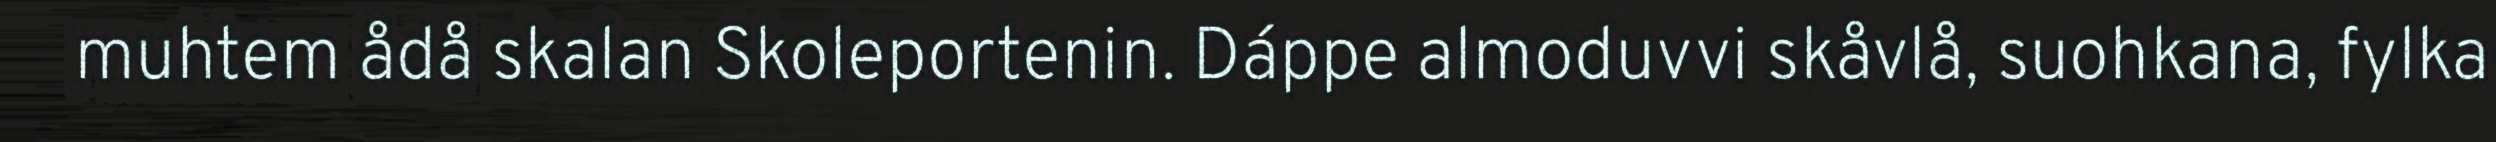
muhtem ådå skalan Skoleportenin. Dáppe almoduvvi skåvlå, suohkana, fylka